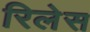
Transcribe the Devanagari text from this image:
रिलेस